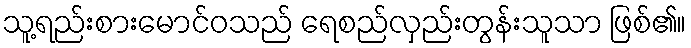
သူ့ရည်းစားမောင်ဝသည် ရေစည်လှည်းတွန်းသူသာ ဖြစ်၏။